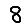
Digit: 8